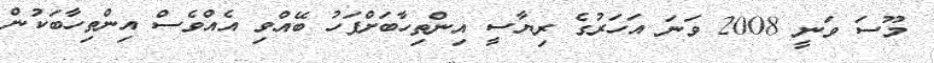
މޫސަ ވަނީ 2008 ވަނަ އަހަރުގެ ރިޔާސީ އިންތިހާބަށްފަހު ބޭއްވި އެއްވެސް އިންތިހާބަކުން